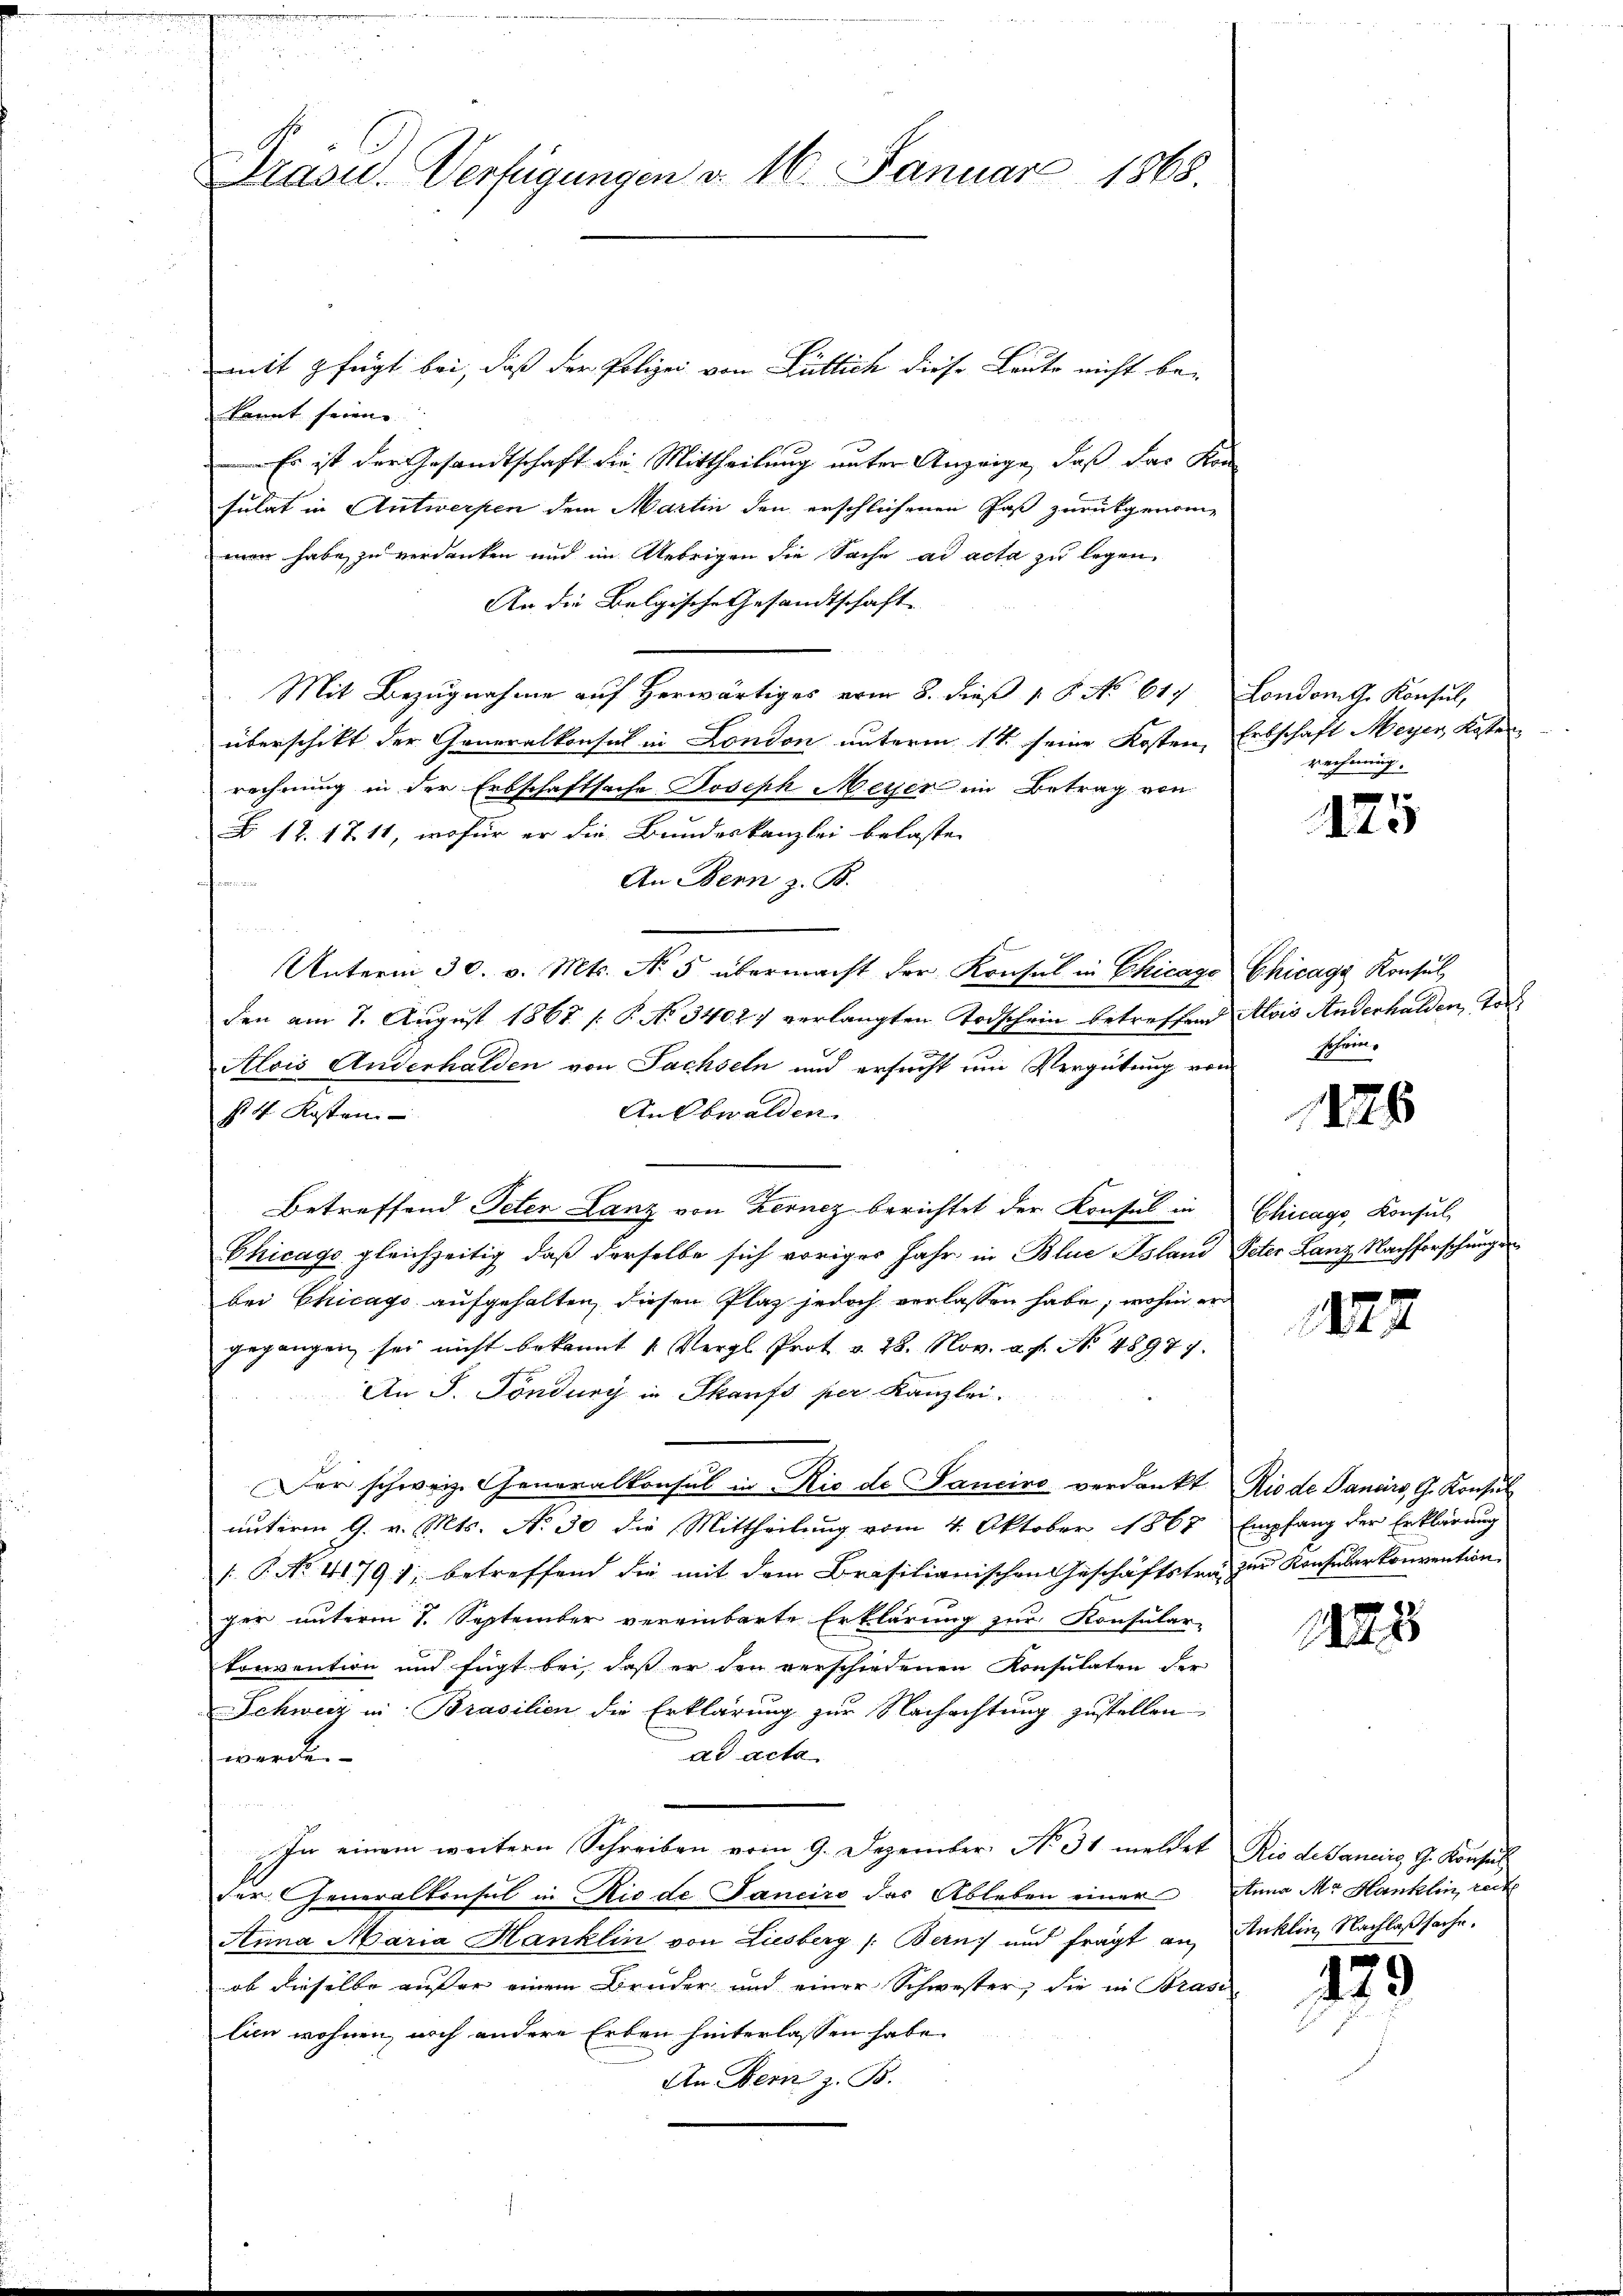
rasu. Verfügungen v. 16. Januar 1868.

mit fügt bei, daß der Polizei von Gütlich diese Leute nicht bekannt seien |
Es ist der Gesandtschaft die Mittheilung unter Anzeige, daß das Kon
sulat in Antwerpen dem Martin den erschliesenen Paß zurückgenommen habe zu verdanken und im Uebrigen die Sache ad acta zu legen.
An die Belgische Gesandtschaft |
Mit Bezugnahme auf herwärtiges vom 8. dieß 18. No 617 Londorthe Konsul,
überschikt der Generalkonsul in London unterm 11t. seine Kosten, Erbschaft Meyer Kassenrechnung in der Erbschaftsache Joseph Meyer im Betrag von
N 12. 1711, wofür er die Bundeskanzlei belasten
An Bern z. B.
Unterm 30. v. Mts. No 5 übermacht der Konsul in Chicago Chicage Konsul
den am 7. August 1867 (: P. No 34027 verlangten Todschein betreffend Alois Anderhalden, Tod
Alois Anderhalden von Sachseln und ersucht um Vergütung von
An Obwalden.
§. 4. Kosten
Betreffend Peter Lanz von Zernez berichtet der Konsul in Chicago, Konsul
Chicago gleichzeitig, daß derselbe sich voriger Jahr in Blue Island Peter Lanz Nachforschungen
bei Chicago aufgehalten, diesen Plaz jedoch verlassen habe; wohin er
gegangen sei nicht bekannt 1. Vergl. Prot v. 28. Nov. a. f. No 48977.
An J. Töndury in Skaufs per Kanzlei.
er schweiz. Generalkonsul in Rio de Sanciro verdankt. Rio de Sancirs, G. Konsul
unterm 9. v. Mts. No 30 die Mittheilung vom 4. Oktober 1867 Empfang der Erklärung
/. P. No. 41791, betreffend die mit dem Brasilianischen Geschäftstrag zur Konsularkonvention
ger unterm 7. September vereinbarte Erklärung zur Konsular-
konvention und fügt bei, daß er den verschiedenen Konsulaten der
Schweiz in Brasilien die Erklärung zur Nachachtung zustellen
ad acta
werden
In einem weitern Schreiben vom 9. Dezember N. 31 meldet Rio de Sancirg, G. Konsul
der Generalkonsul in Rio de Sanciro das Ableben einer Anna Mr. Hanklin, reche
Anna Maria Hanklin von Liesberg (: Bern) und fragt an Anklin Nachlaßsache.
ob dieselbe aufer einem Bruder und einer Schwester, die in Präsi-
lien wohnen, noch andere Erben hinterlassen habe.
An Bern z. B.

rechnung.

f
t

sohren.

1126

1222

82
t

.

29